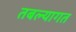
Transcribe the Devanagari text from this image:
तबल्यागत